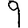
Digit: 9